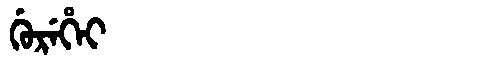
Manchu: ᡤᡠᡵᡝᡥᡝᡳ
Romanization: GUREHEI